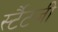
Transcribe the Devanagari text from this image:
र्स्टैटजी